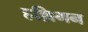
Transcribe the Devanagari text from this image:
हल्लिगन